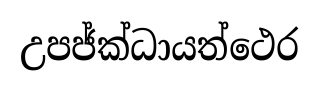
උපජ්ක්ධායත්ථෙර